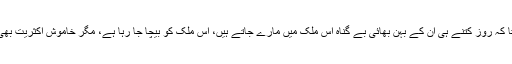
انھیں احساس ہی نہیں ہوتا کہ روز کتنے ہی ان کے بہن بھائی بے گناہ اِس ملک میں مارے جاتے ہیں، اِس ملک کو بیچا جا رہا ہے، مگر خاموش اکثریت بھی مردہ ہے، بےحِس ہے۔